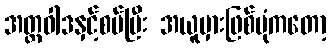
အတ္တဝါဒနှင့်စပ်ပြီး အယူမှားဖြစ်ပုံကတော့